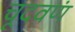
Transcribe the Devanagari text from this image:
चूदवणं